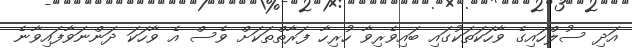
އަދި ސުލްހައިގެ ވާހަކަތަކުގައި ބައިވެރިވާ ހުރިހާ ފަރާތްތަކަށް ވެސް އެ ވާހަކަ ދަންނަވާފައިވާނެ